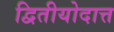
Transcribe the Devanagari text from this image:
द्वितीयोदात्त